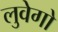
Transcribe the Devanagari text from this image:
लुवेगो